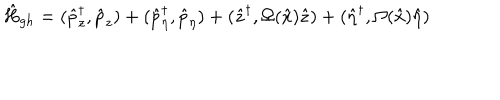
\hat { H } _ { g h } = ( \hat { p } _ { z } ^ { \dagger } , \hat { p } _ { z } ) + ( \hat { p } _ { \eta } ^ { \dagger } , \hat { p } _ { \eta } ) + ( \hat { z } ^ { \dagger } , \Omega ( \hat { x } ) \hat { z } ) + ( \hat { \eta } ^ { \dagger } , \Omega ( \hat { x } ) \hat { \eta } )